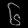
Digit: ၆